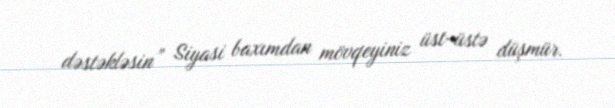
dəstəkləsin” Siyasi baxımdan mövqeyiniz üst-üstə düşmür.